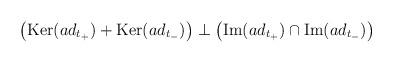
LaTeX: \begin{align*}\left( \mbox{Ker}(ad_{t_+}) + \mbox{Ker}(ad_{t_-}) \right) \perp\left( \mbox{Im}(ad_{t_+}) \cap \mbox{Im}(ad_{t_-}) \right)\end{align*}